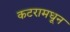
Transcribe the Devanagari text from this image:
कटरामधून